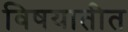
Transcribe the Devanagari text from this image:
विषयातीत